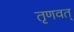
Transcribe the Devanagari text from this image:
तृणवत्